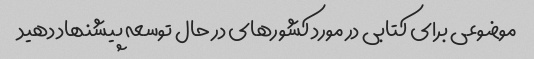
موضوعی برای کتابی در مورد کشورهای در حال توسعه پیشنهاد دهید